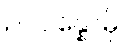
ဥပပန္နောမှိ